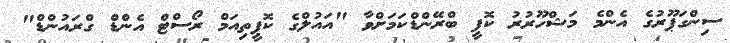
ސިންގަޕޫރުގެ އެންމެ މަޝްހޫރުރު ކޮފީ ބްރޭންޑްކަމަށްވާ "އައުލްގެ ކޮޕީތިއަމް ރޯސްޓް އެންޑް ގްރައުންޑް"